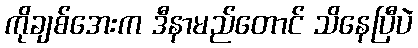
ကိုချစ်အေးက ဒီနာမည်တောင် သိနေပြီပဲ